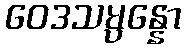
ဝေဒသမ္ပန္နော